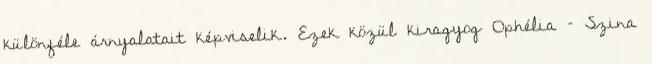
különféle árnyalatait képviselik. Ezek közül kiragyog Ophélia – Szina